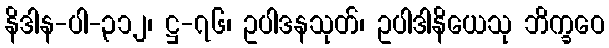
နိဒါန-ပါ-၃၁၂၊ ဋ္ဌ-၇၆၊ ဥပါဒနသုတ်၊ ဥပါဒါနိယေသု ဘိက္ခဝေ